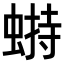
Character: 𧎋